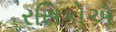
રસિકોએ